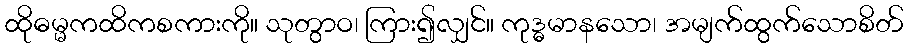
ထိုဓမ္မကထိကစကားကို။ သုတွာဝ၊ ကြား၍လျှင်။ ကုဒ္ဓမာနသော၊ အမျက်ထွက်သောစိတ်